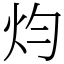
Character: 𤆥